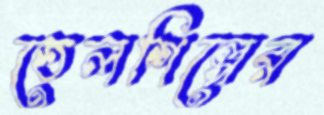
তেলশিল্পের